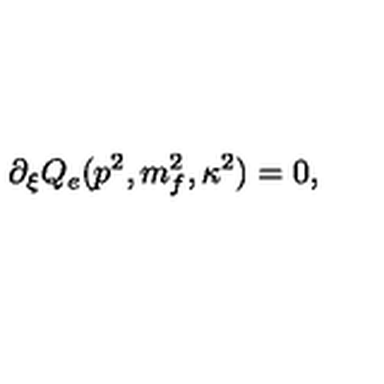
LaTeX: \partial _ { \xi } Q _ { e } ( p ^ { 2 } , m _ { f } ^ { 2 } , \kappa ^ { 2 } ) = 0 ,